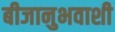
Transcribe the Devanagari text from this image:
बीजानुभवाशी